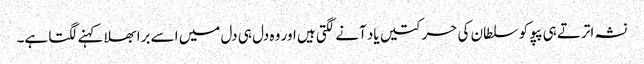
نشہ اترتے ہی پپو کو سلطان کی حرکتیں یاد آنے لگتی ہیں اور وہ دل ہی دل میں اسے برا بھلا کہنے لگتا ہے۔